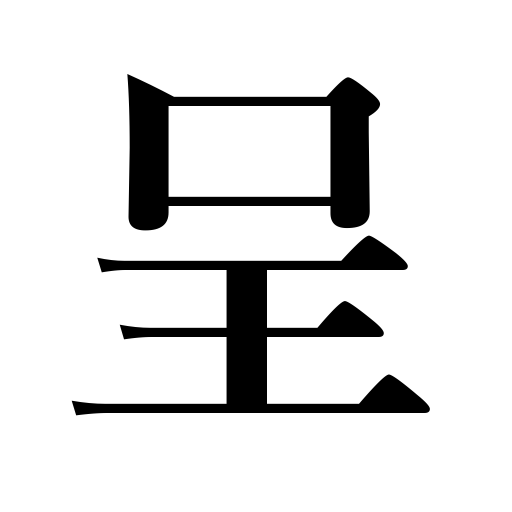
Meanings: develop symptoms, exhibit,send a letter,assume airs,present,offer